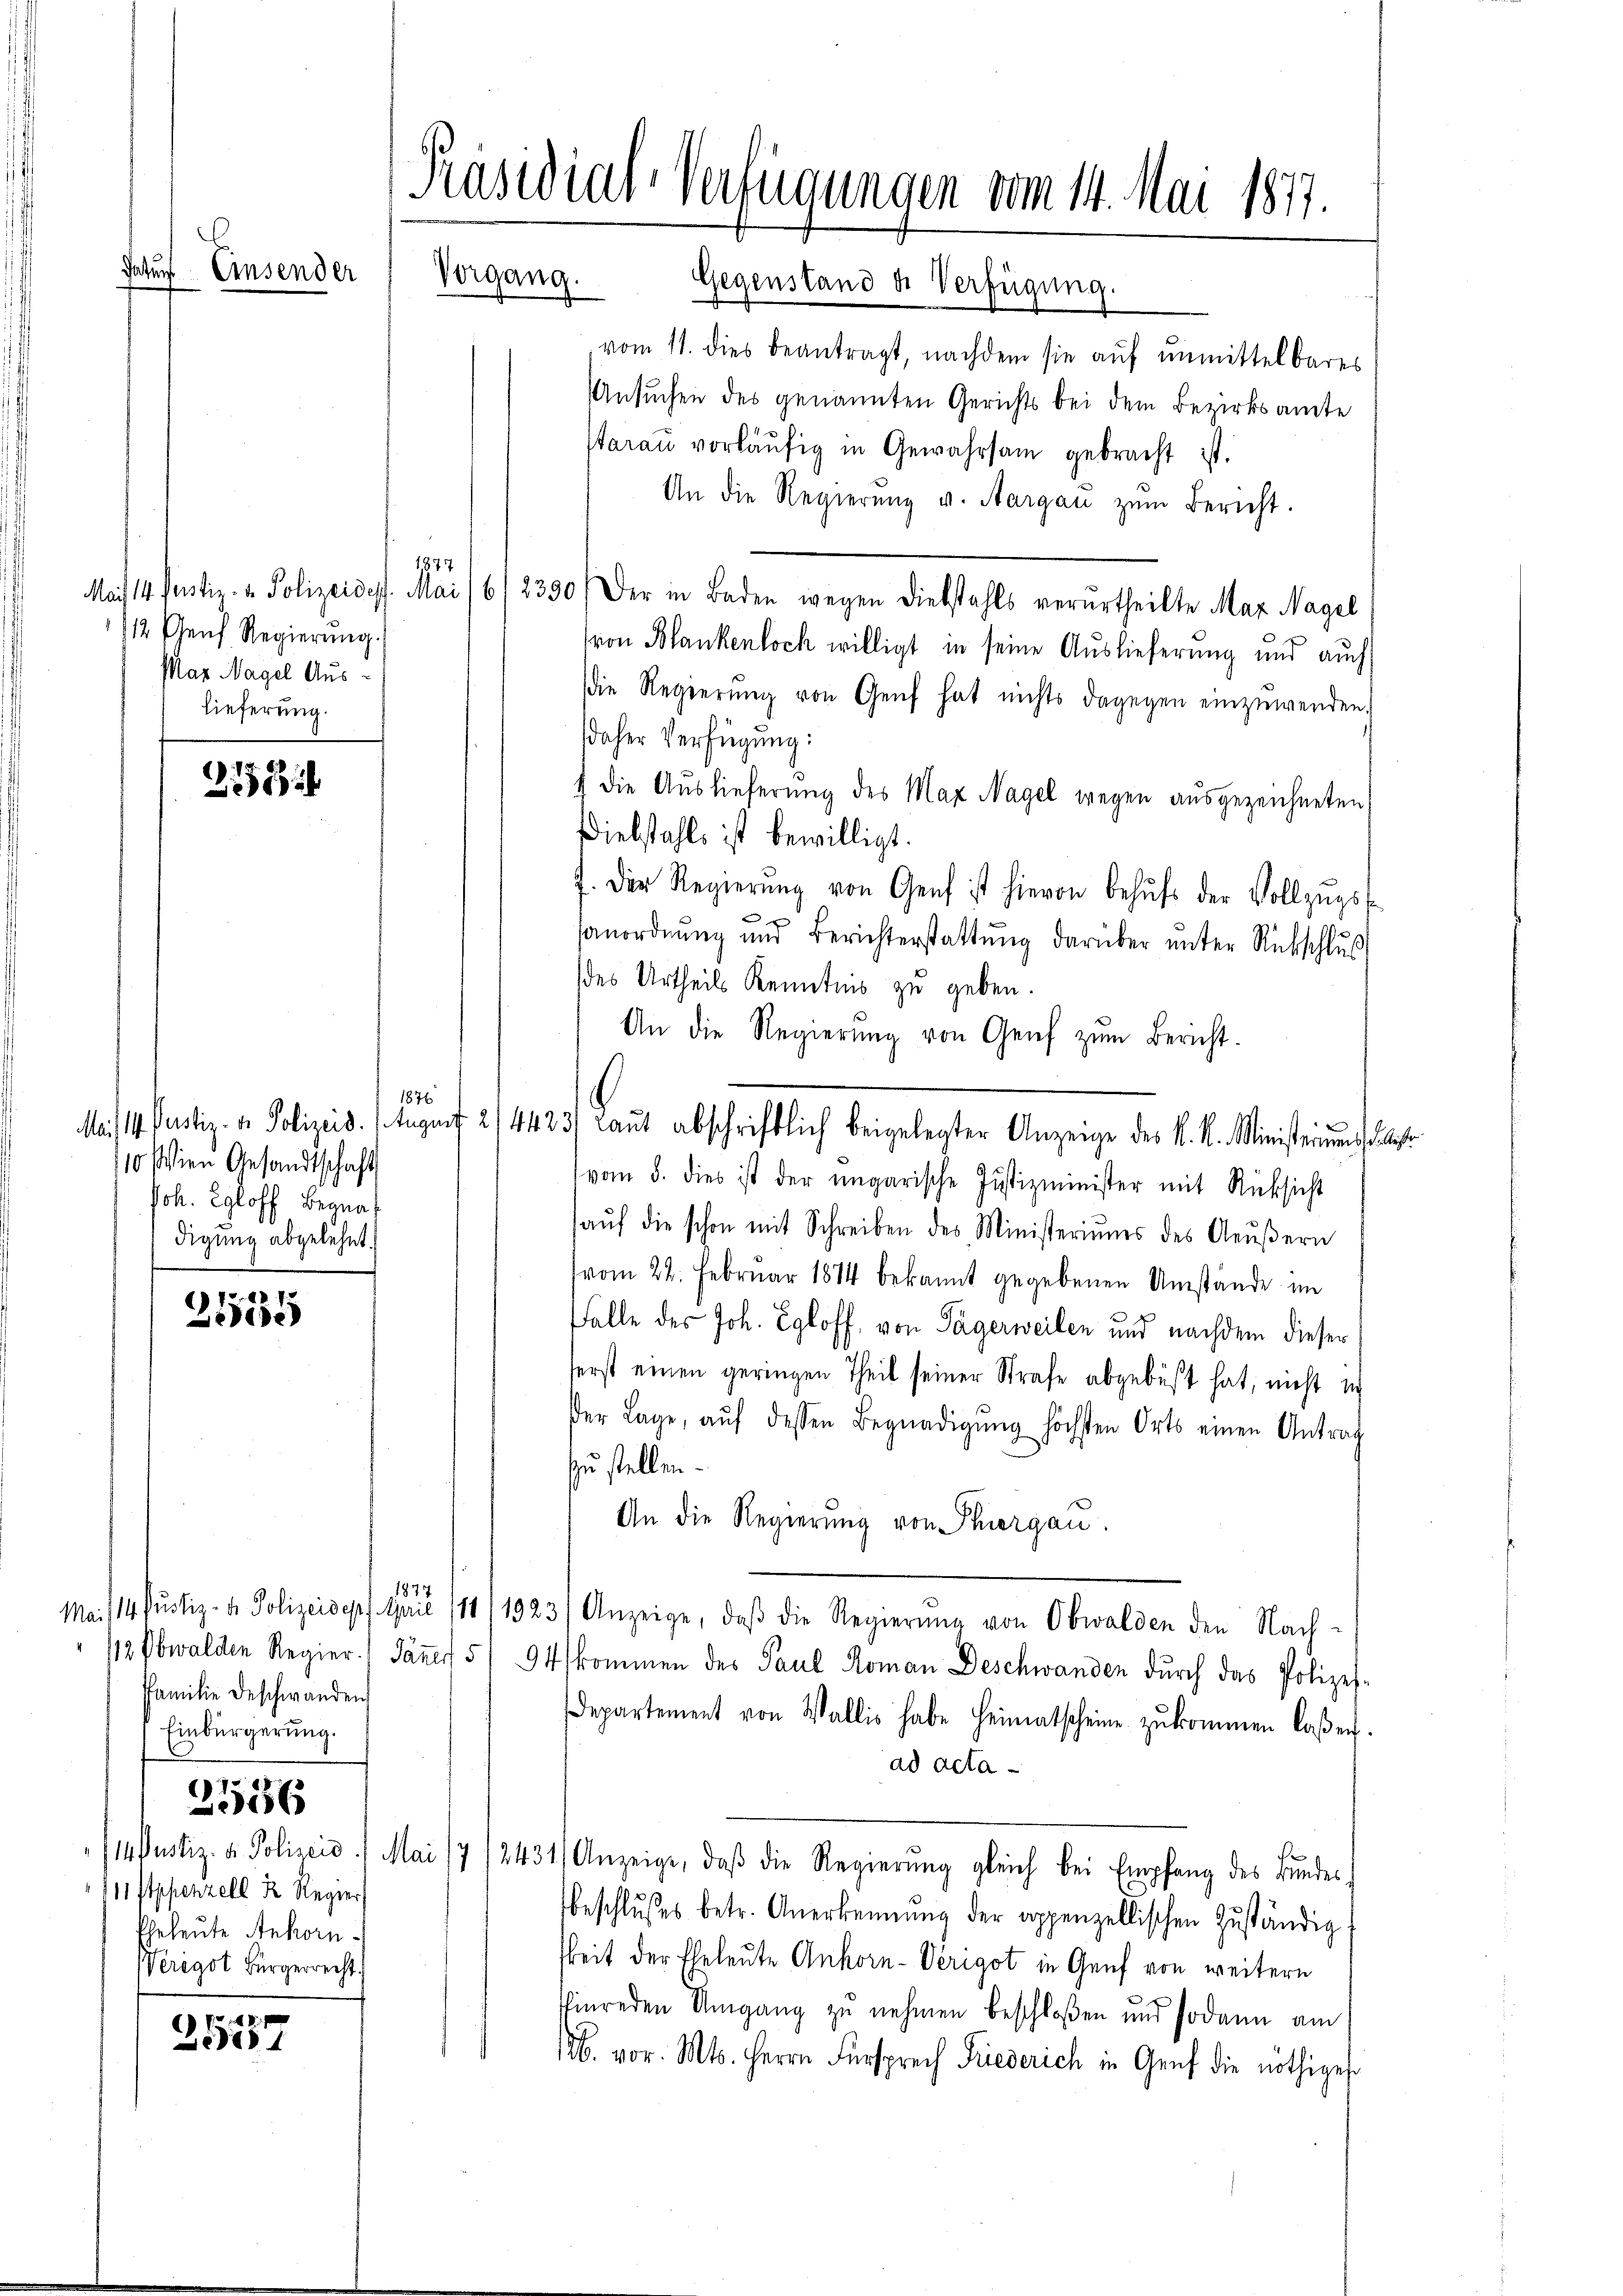
C
Satur Einsender

1877
12 Genf Regierung.
Mar Nagel Aus¬
Lieferung.

315135

25557

: 74. S
0

1876
110. Wien Gesandtschaft
Joh. Egloff Begna
digung abgelehnt.

Familie Beschwanden
Einbürgerung.
2556
111 Appenzell K. Regier
Eheleute Ankorn¬
Verigot Bürgerrecht.

Präsidial-Verfügungen vom 14. Mai 1877.
Vorgang. Gegenstand u. Verfügung.

vom 11. dies beantragt, nachdem sie auf unmittelbares
Ansuchen des genannten Gerichts bei dem Bezirksamte
tarau vorläŭfig in Gewahrsam gebracht ist.
An die Regierŭng v. Aargaŭ zŭm Bericht.
Mai 14. Justiz- & Polizeidet. Mai (6/2330) Der in Baden wegen Diebstahls verurtheilte Mar. Nagel
von Blankenloch willigt in seine Auslieferung und auch
die Regierŭng von Genf hat nichts dagegen einzuwenden.
daher Verfügung:
 die Auslieferung des Max Nagel wegen ausgezeichneten
Diebstahls ist bewilligt.
J. Der Regierŭng von Genf ist hievon behŭfs der Vollzŭgst
anordnung und Berichterstattŭng darüber ŭnter Rückschluß
des Urtheils Kenntnis zu geben.
An die Regierŭng von Genf zŭm Bericht.
vom 8. dies ist der ungarische Justizminister mit Rücksicht
aŭf die schon mit Schreiben des Ministeriums des Aeŭβern
vom 22. Februar 1884 bekannt gegebenen Umstände im
Falle des Joh. Egloff, von Tägerweilen und nachdem dieser
ferst einen geringen Theil seiner Strafe abgebüßt hat, nicht w
Der Lage, aŭf dessen Begnadigŭng höchsten Orts einen Antrag
zu stellen.
An die Regierung von Thurgau.
1877
Mai/14. Justiz- & Polizeidep April 111/1923) Anzeige, daβ die Regierŭng von Obwalden den Nach-
12 Obwalden Regier. Jäṅer 5/ 94 kommen des Paul Koman Deschwanden dŭrch das Polizei-
Departement von Wallis habe Heimatscheine zŭkommen laßen.
ad acta
/14. Justiz- u. Polizeio 1 Mai 17/2431) Anzeige, daβ die Regierŭng gleich bei Empfang des Bundes
beschlŭsses betr. Anerkennung der appenzellischen Zŭständig
keit der Eheleute Ankorn-Verigot in Genf von weitern
ffinreden Umgang zu nehmen beschloßen und sodann am
126. vor. Mts. Herrn Fürsprech Friederich in Genf die nöthiges

Mais 14. Justiz- & Polizeis. (Augorf 2/4423/ Laŭt abschriftlich beigelegter Anzeige des K. K. Ministerŭng